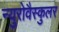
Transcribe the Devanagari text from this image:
न्युरोवैस्कुलर